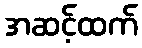
အဆင့်ထက်